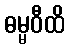
ဓမ္မဝီထိ